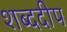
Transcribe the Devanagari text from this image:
शब्ददीप